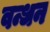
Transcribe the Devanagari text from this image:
वन्धन